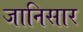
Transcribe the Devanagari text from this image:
जानिसार